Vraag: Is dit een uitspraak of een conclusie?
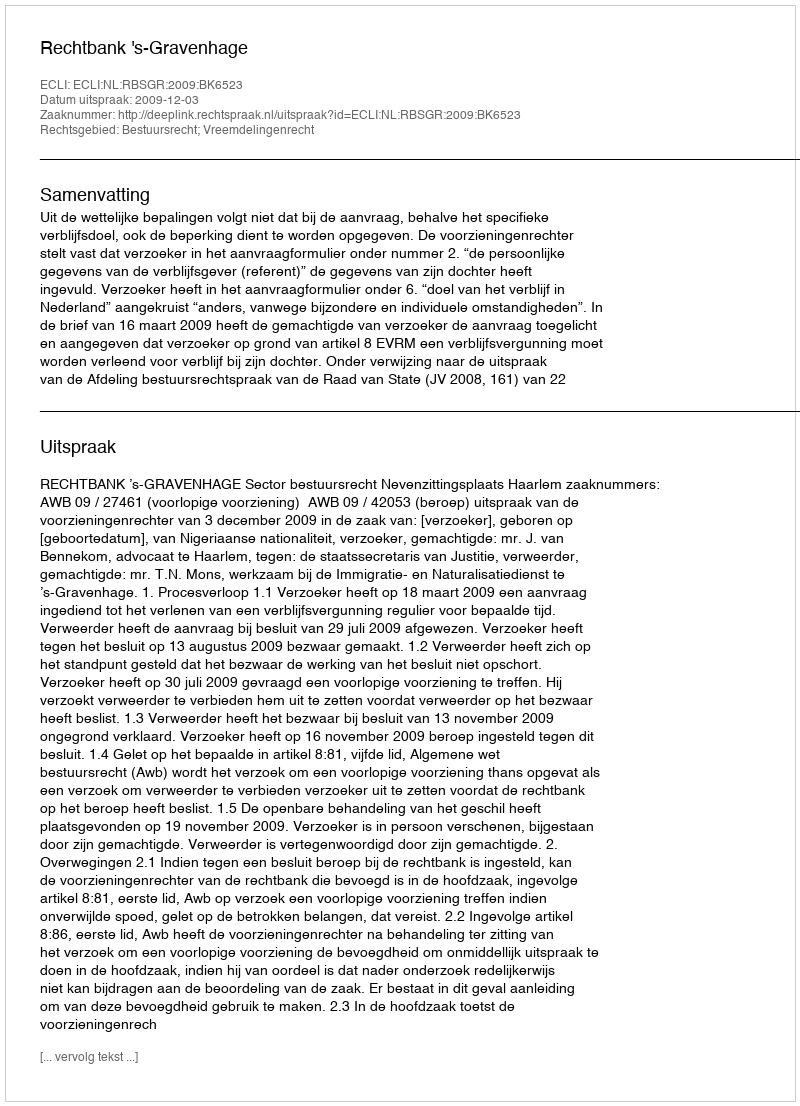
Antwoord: Uitspraak